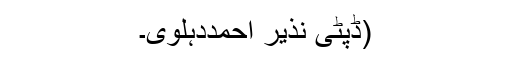
(ڈپٹی نذیر احمددہلوی۔